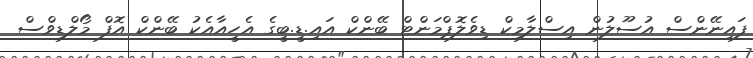
ފައިނޭންސް އުސޫލުން އިސްލާމިކް ޑިވެލޮޕްމަންޓް ބޭންކް އައި.ޑީ.ބީގެ އެހީއާއެކު ބޭންކް އޮފް މޯލްޑިވްސް